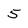
Character: 5